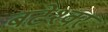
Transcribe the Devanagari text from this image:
बटेश्‍वर